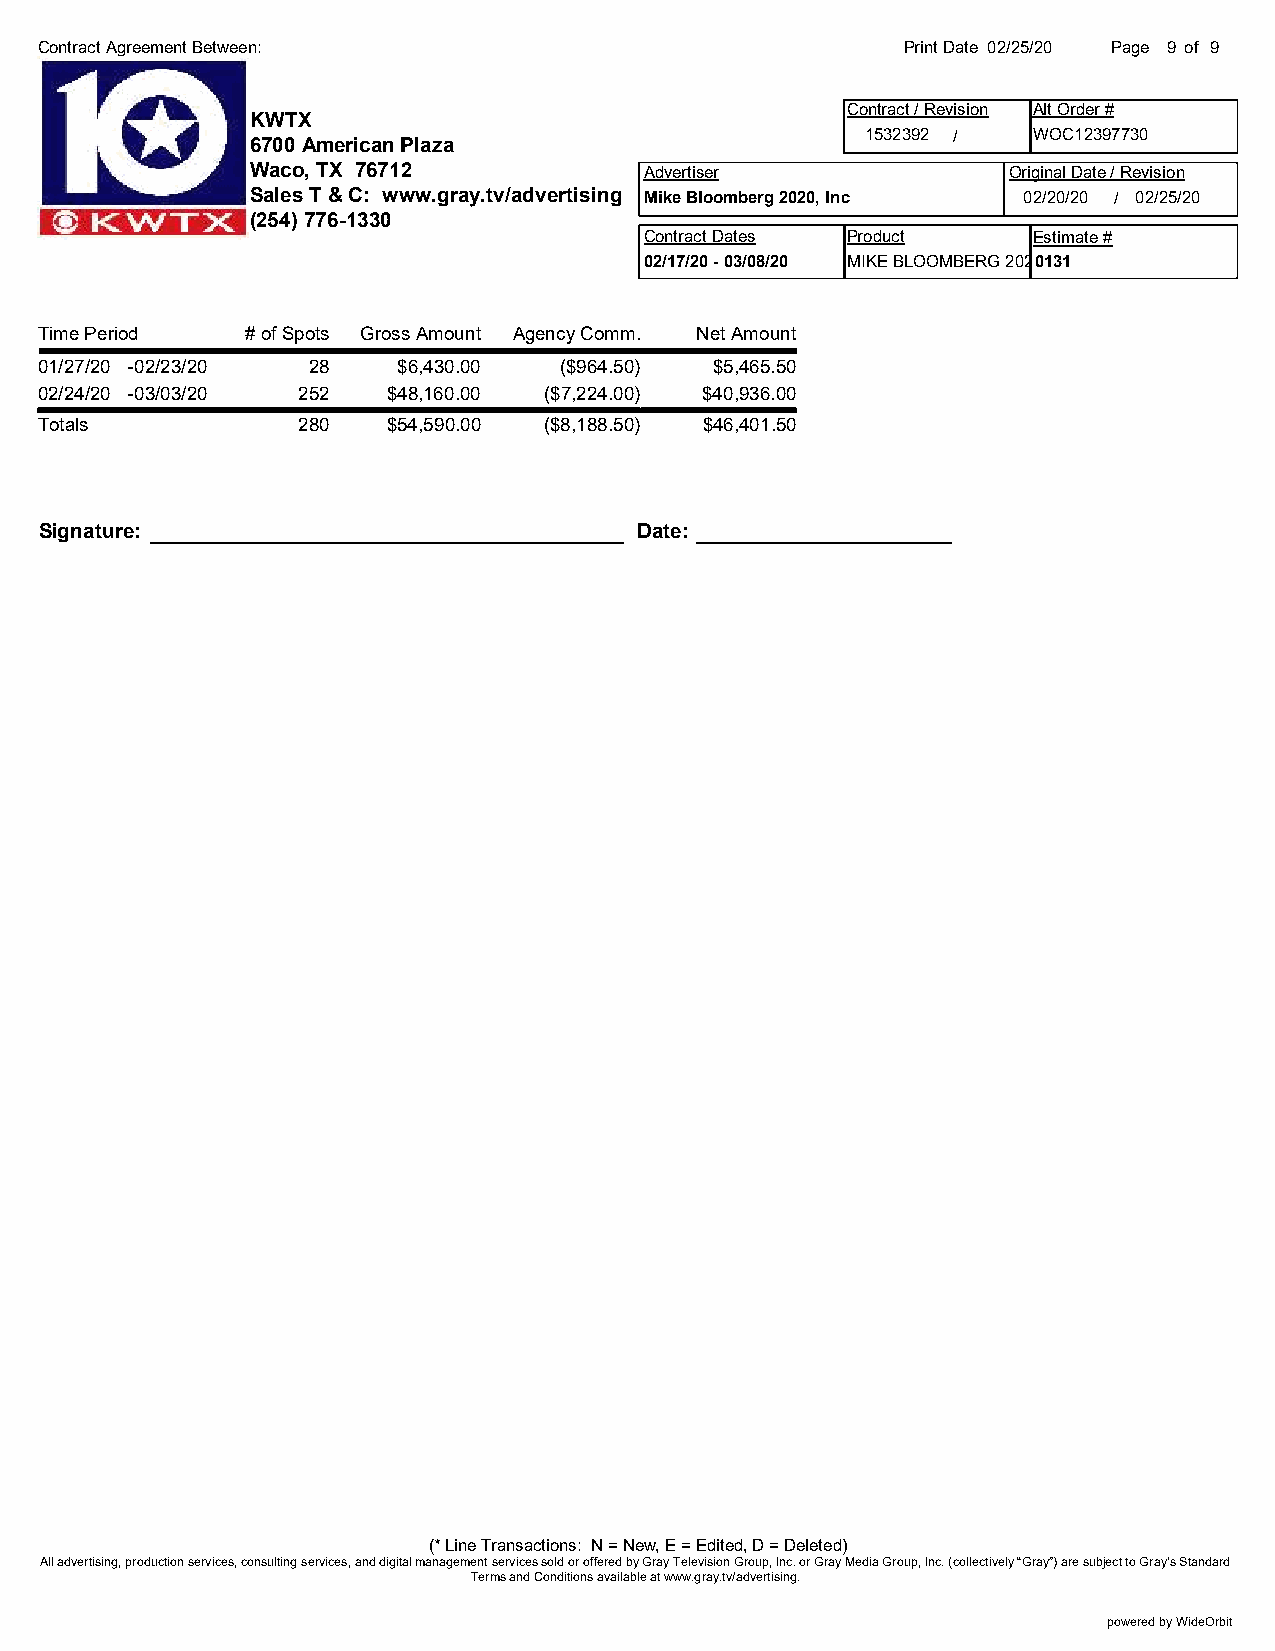
Contract Agreement Between:                               Print Date 02/25/20 Page 9 of 9
 Contract / Revision Alt Order #
 KWTX
 1532392 /  WOC12397730
 6700 American Plaza
 Waco, TX 76712            Advertiser              Original Date / Revision
 Sales T & C: www.gray.tv/advertising Mike Bloomberg 2020, Inc 02/20/20 / 02/25/20
 (254) 776-1330
 Contract Dates Product   Estimate #
 02/17/20 - 03/08/20 MIKE BLOOMBERG 20200 1IN31C
 Time Period   # of Spots Gross Amount Agency Comm. Net Amount
 01/27/20 -02/23/20 28   $6,430.00  ($964.50) $5,465.50
 02/24/20 -03/03/20 252  $48,160.00 ($7,224.00) $40,936.00
 Totals            280   $54,590.00 ($8,188.50) $46,401.50
 Signature:                             Date:
 (* Line Transactions: N = New, E = Edited, D = Deleted)
 All advertising, production services, consulting services, and digital management services sold or offered by Gray Television Group, Inc. or Gray Media Group, Inc. (collectively “Gray”) are subject to Gray’s Standard
 Terms and Conditions available at www.gray.tv/advertising.
 powered by WideOrbit